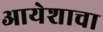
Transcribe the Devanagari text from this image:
आयेशाचा